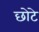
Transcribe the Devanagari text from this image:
छोेटे